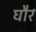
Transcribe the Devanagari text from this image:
घौर